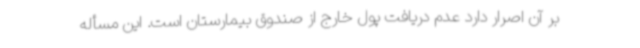
بر آن اصرار دارد عدم دریافت پول خارج از صندوق بیمارستان است. این مسأله